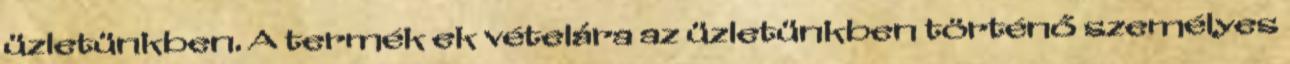
üzletünkben. A termék ek vételára az üzletünkben történő személyes